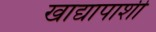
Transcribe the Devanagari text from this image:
खाद्यापाशी